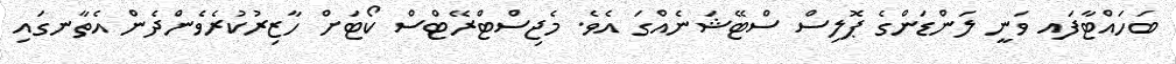
ބަހައްޓާފައ ވަނީ ލަންޑަންގެ ޕޮލިސް ސްޓޭޝަނެއްގަ އެވެ. މެޖިސްޓްރޭޓްސް ކޯޓަށް ހާޒިރުކުރެވެންދެން އެތާނގައި